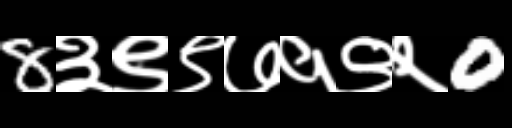
Text: 8३९९७१९२0